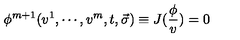
\phi ^ { m + 1 } ( v ^ { 1 } , \cdots , v ^ { m } , t , \vec { \sigma } ) \equiv J ( \frac \phi v ) = 0